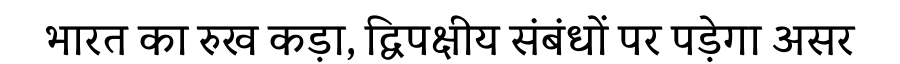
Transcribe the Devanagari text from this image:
भारत का रुख कड़ा, द्विपक्षीय संबंधों पर पड़ेगा असर